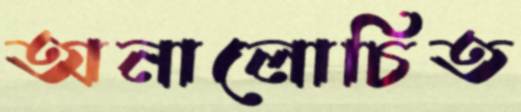
অনালোচিত